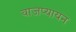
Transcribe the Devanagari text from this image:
वाजप्यायन